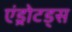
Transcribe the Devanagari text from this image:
एंड्रोटड्स